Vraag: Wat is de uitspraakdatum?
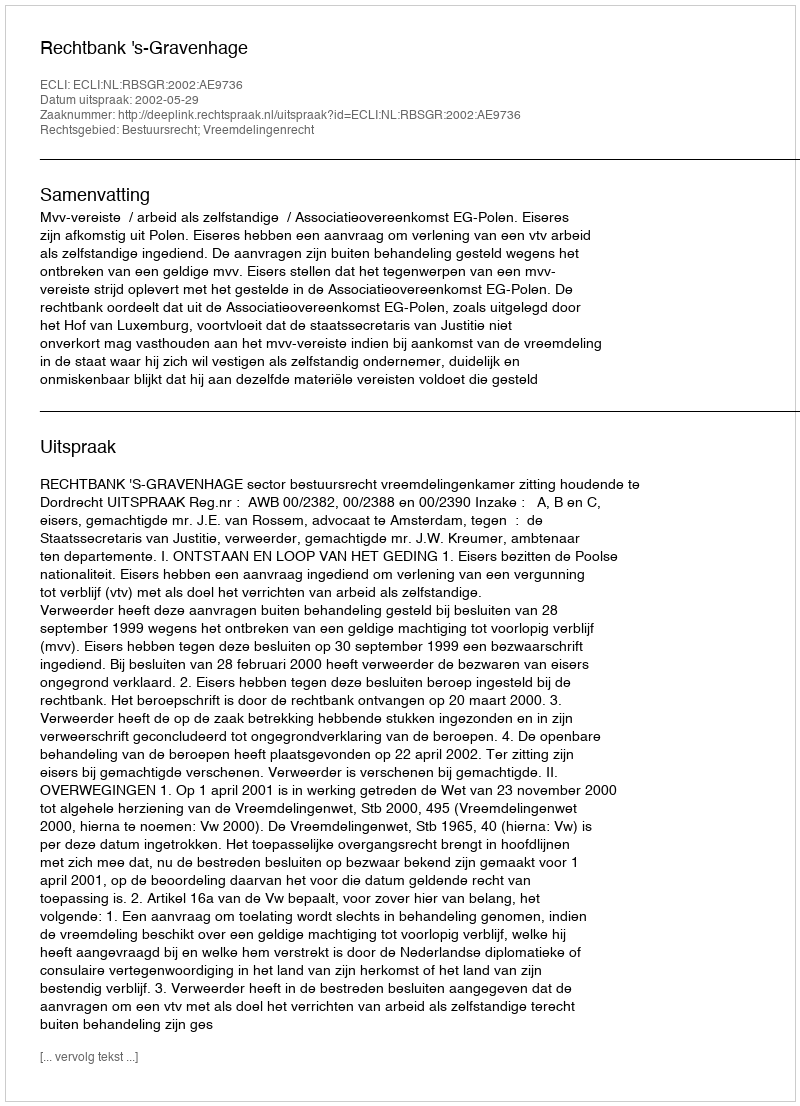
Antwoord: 2002-05-29